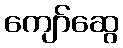
ကျော်ဆွေ